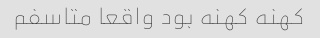
کهنه کهنه بود واقعا متاسفم